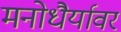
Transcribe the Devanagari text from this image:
मनोधैर्यावर